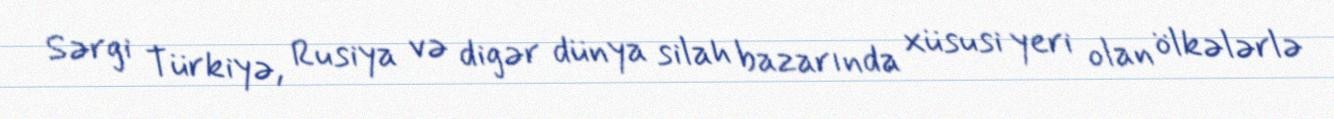
Sərgi Türkiyə, Rusiya və digər dünya silah bazarında xüsusi yeri olan ölkələrlə